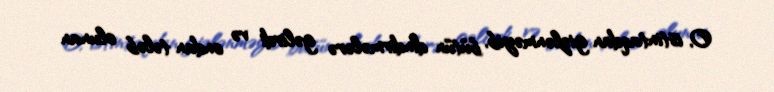
O, istintaqdan gizlənməyib, bütün dindirmələrə gəlirdi və ondan tələb olunan